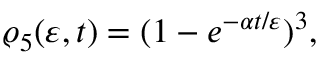
\varrho _ { 5 } ( \varepsilon , t ) = ( 1 - e ^ { - \alpha t / \varepsilon } ) ^ { 3 } \nonumber ,